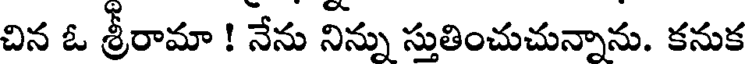
చిన ఓ శ్రీరామా ! నేను నిన్ను స్తుతించుచున్నాను. కనుక